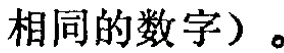
相同的数字）。